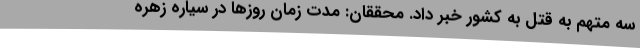
سه متهم به قتل به کشور خبر داد. محققان: مدت زمان روزها در سیاره زهره